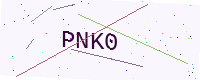
Text: PNK0